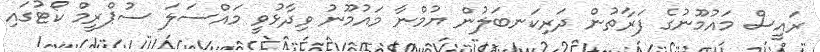
ރައީސް މައުމޫނުގެ ފަރާތުން ދަރިކަނބަލުން ޔުމްނާ މައުމޫނު ވިދާޅުވީ މައްސަލަ ސުޕްރީމް ކޯޓުގައި